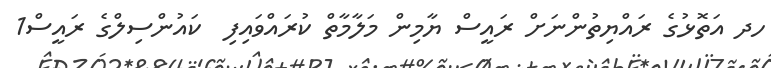
ހދ އަތޮޅުގެ ރައްޔިތުންނަށް ރައީސް ޔާމިން މަލާމާތް ކުރައްވައިފި  ކައުންސިލްގެ ރައީސް1